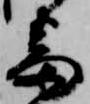
番